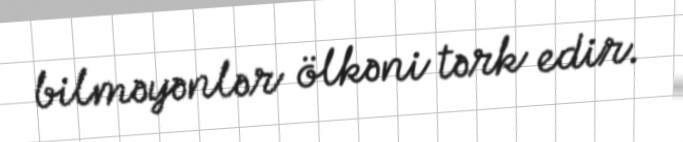
bilməyənlər ölkəni tərk edir.